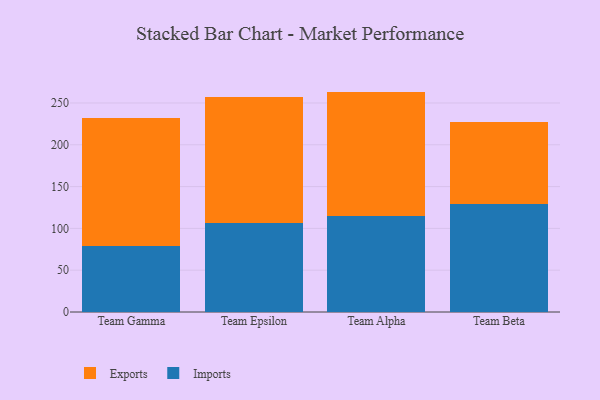
{"axis": {"x": "Team", "y": "Population (Million)"}, "legend": ["Exports", "Imports"], "data": [{"x": "Team Gamma", "y": 78.6, "type": "Imports"}, {"x": "Team Gamma", "y": 153.4, "type": "Exports"}, {"x": "Team Epsilon", "y": 106.1, "type": "Imports"}, {"x": "Team Epsilon", "y": 150.8, "type": "Exports"}, {"x": "Team Alpha", "y": 115.3, "type": "Imports"}, {"x": "Team Alpha", "y": 148.3, "type": "Exports"}, {"x": "Team Beta", "y": 128.8, "type": "Imports"}, {"x": "Team Beta", "y": 98.3, "type": "Exports"}]}